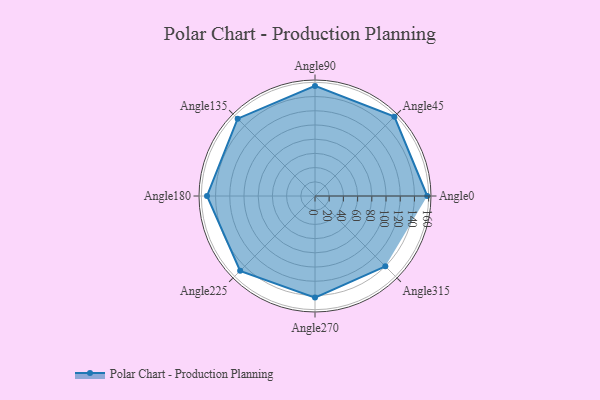
{"axis": {"x": "Angle", "y": "Radius"}, "legend": [""], "data": [{"x": "Angle0", "y": 158.0, "type": ""}, {"x": "Angle45", "y": 158.0, "type": ""}, {"x": "Angle90", "y": 155.0, "type": ""}, {"x": "Angle135", "y": 154.0, "type": ""}, {"x": "Angle180", "y": 152.0, "type": ""}, {"x": "Angle225", "y": 149.0, "type": ""}, {"x": "Angle270", "y": 143.0, "type": ""}, {"x": "Angle315", "y": 140.0, "type": ""}]}